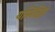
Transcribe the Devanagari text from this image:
यस्मिंश्चित्तं